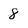
Character: 8